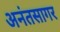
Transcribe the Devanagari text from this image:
अनंतसागर